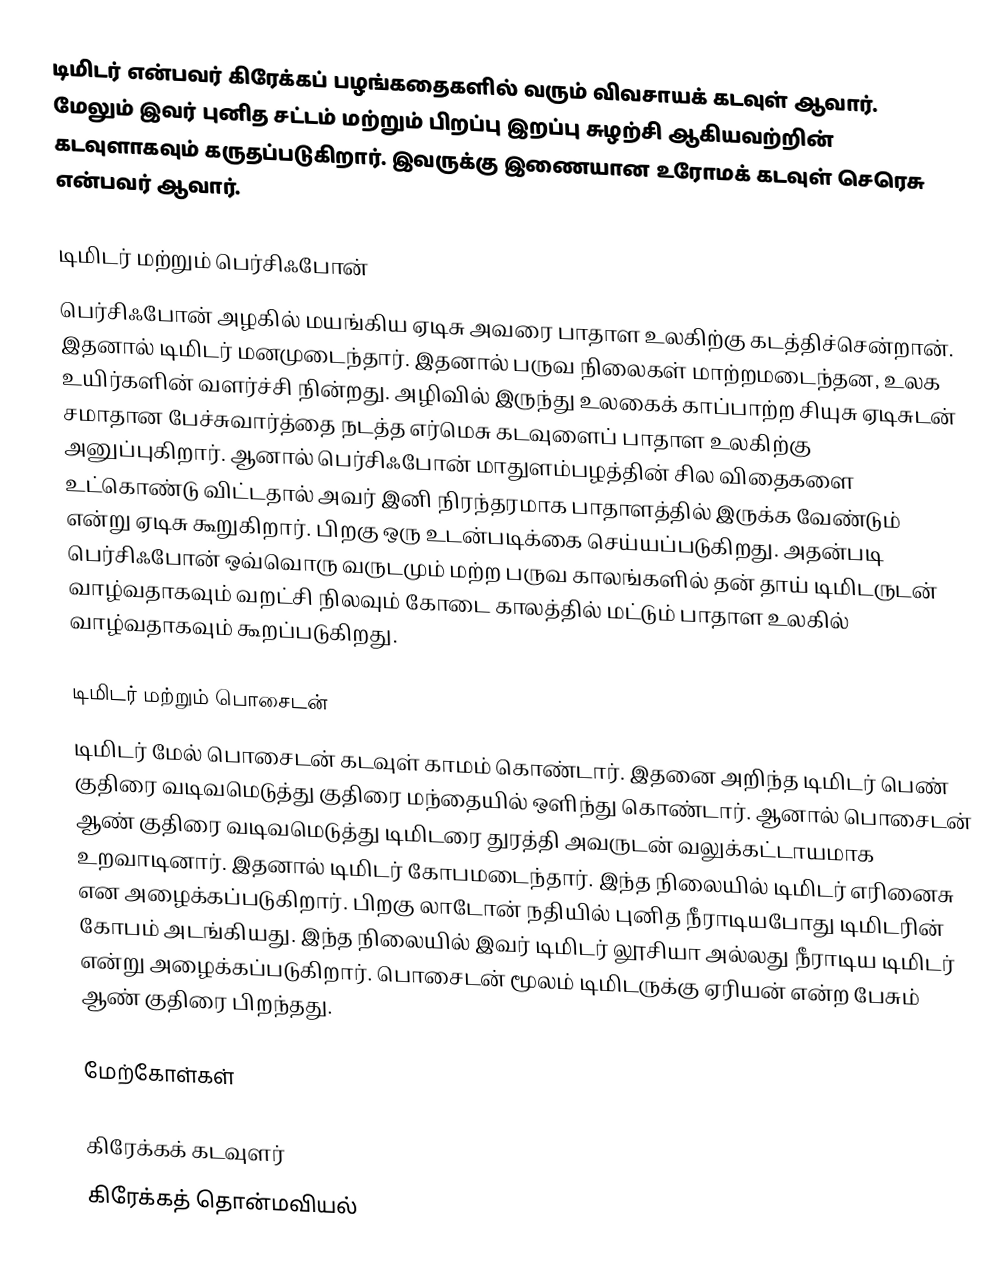
டிமிடர் என்பவர் கிரேக்கப் பழங்கதைகளில் வரும் விவசாயக் கடவுள் ஆவார். மேலும் இவர் புனித சட்டம் மற்றும் பிறப்பு இறப்பு சுழற்சி ஆகியவற்றின் கடவுளாகவும் கருதப்படுகிறார். இவருக்கு இணையான உரோமக் கடவுள் செரெசு என்பவர் ஆவார்.

டிமிடர் மற்றும் பெர்சிஃபோன்
பெர்சிஃபோன் அழகில் மயங்கிய ஏடிசு அவரை பாதாள உலகிற்கு கடத்திச்சென்றான். இதனால் டிமிடர் மனமுடைந்தார். இதனால் பருவ நிலைகள் மாற்றமடைந்தன, உலக உயிர்களின் வளர்ச்சி நின்றது. அழிவில் இருந்து  உலகைக் காப்பாற்ற சியுசு ஏடிசுடன் சமாதான பேச்சுவார்த்தை நடத்த எர்மெசு கடவுளைப் பாதாள உலகிற்கு அனுப்புகிறார். ஆனால் பெர்சிஃபோன் மாதுளம்பழத்தின் சில விதைகளை உட்கொண்டு விட்டதால் அவர் இனி நிரந்தரமாக பாதாளத்தில் இருக்க வேண்டும் என்று ஏடிசு கூறுகிறார். பிறகு ஒரு உடன்படிக்கை செய்யப்படுகிறது. அதன்படி பெர்சிஃபோன் ஒவ்வொரு வருடமும் மற்ற பருவ காலங்களில் தன் தாய் டிமிடருடன் வாழ்வதாகவும் வறட்சி நிலவும் கோடை காலத்தில் மட்டும் பாதாள உலகில் வாழ்வதாகவும் கூறப்படுகிறது.

டிமிடர் மற்றும் பொசைடன்
டிமிடர் மேல் பொசைடன் கடவுள் காமம் கொண்டார். இதனை அறிந்த டிமிடர் பெண் குதிரை வடிவமெடுத்து குதிரை மந்தையில் ஒளிந்து கொண்டார். ஆனால் பொசைடன் ஆண் குதிரை வடிவமெடுத்து டிமிடரை துரத்தி அவருடன் வலுக்கட்டாயமாக உறவாடினார். இதனால் டிமிடர் கோபமடைந்தார். இந்த நிலையில் டிமிடர் எரினைசு என அழைக்கப்படுகிறார். பிறகு லாடோன் நதியில் புனித நீராடியபோது டிமிடரின் கோபம் அடங்கியது. இந்த நிலையில் இவர் டிமிடர் லூசியா அல்லது நீராடிய டிமிடர் என்று அழைக்கப்படுகிறார். பொசைடன் மூலம் டிமிடருக்கு ஏரியன் என்ற பேசும் ஆண் குதிரை பிறந்தது.

மேற்கோள்கள்

 கிரேக்கக் கடவுளர்
 கிரேக்கத் தொன்மவியல்